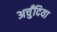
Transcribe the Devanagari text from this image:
अर्चुंदिया